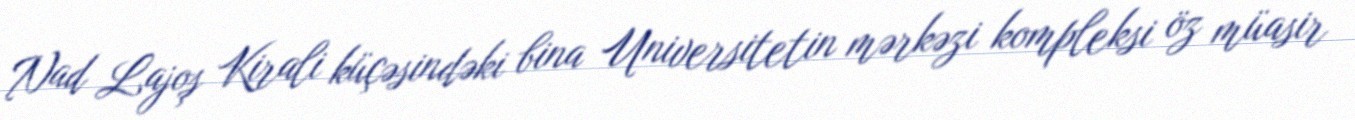
Nad Lajoş Kirali küçəsindəki bina Universitetin mərkəzi kompleksi öz müasir